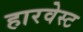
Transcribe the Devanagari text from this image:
हारवेस्ट